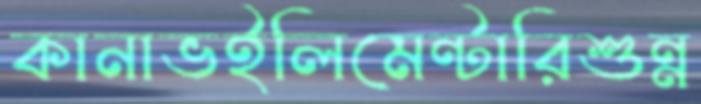
কানাভইলিমেন্টারিশুন্ন